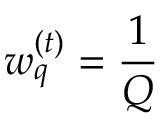
w _ { q } ^ { ( t ) } = \frac { 1 } { Q }